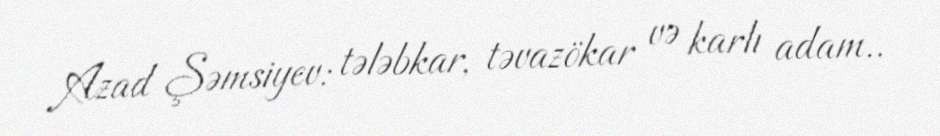
Azad Şəmsiyev: tələbkar, təvazökar və karlı adam..